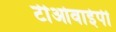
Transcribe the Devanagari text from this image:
टीओवाईपी